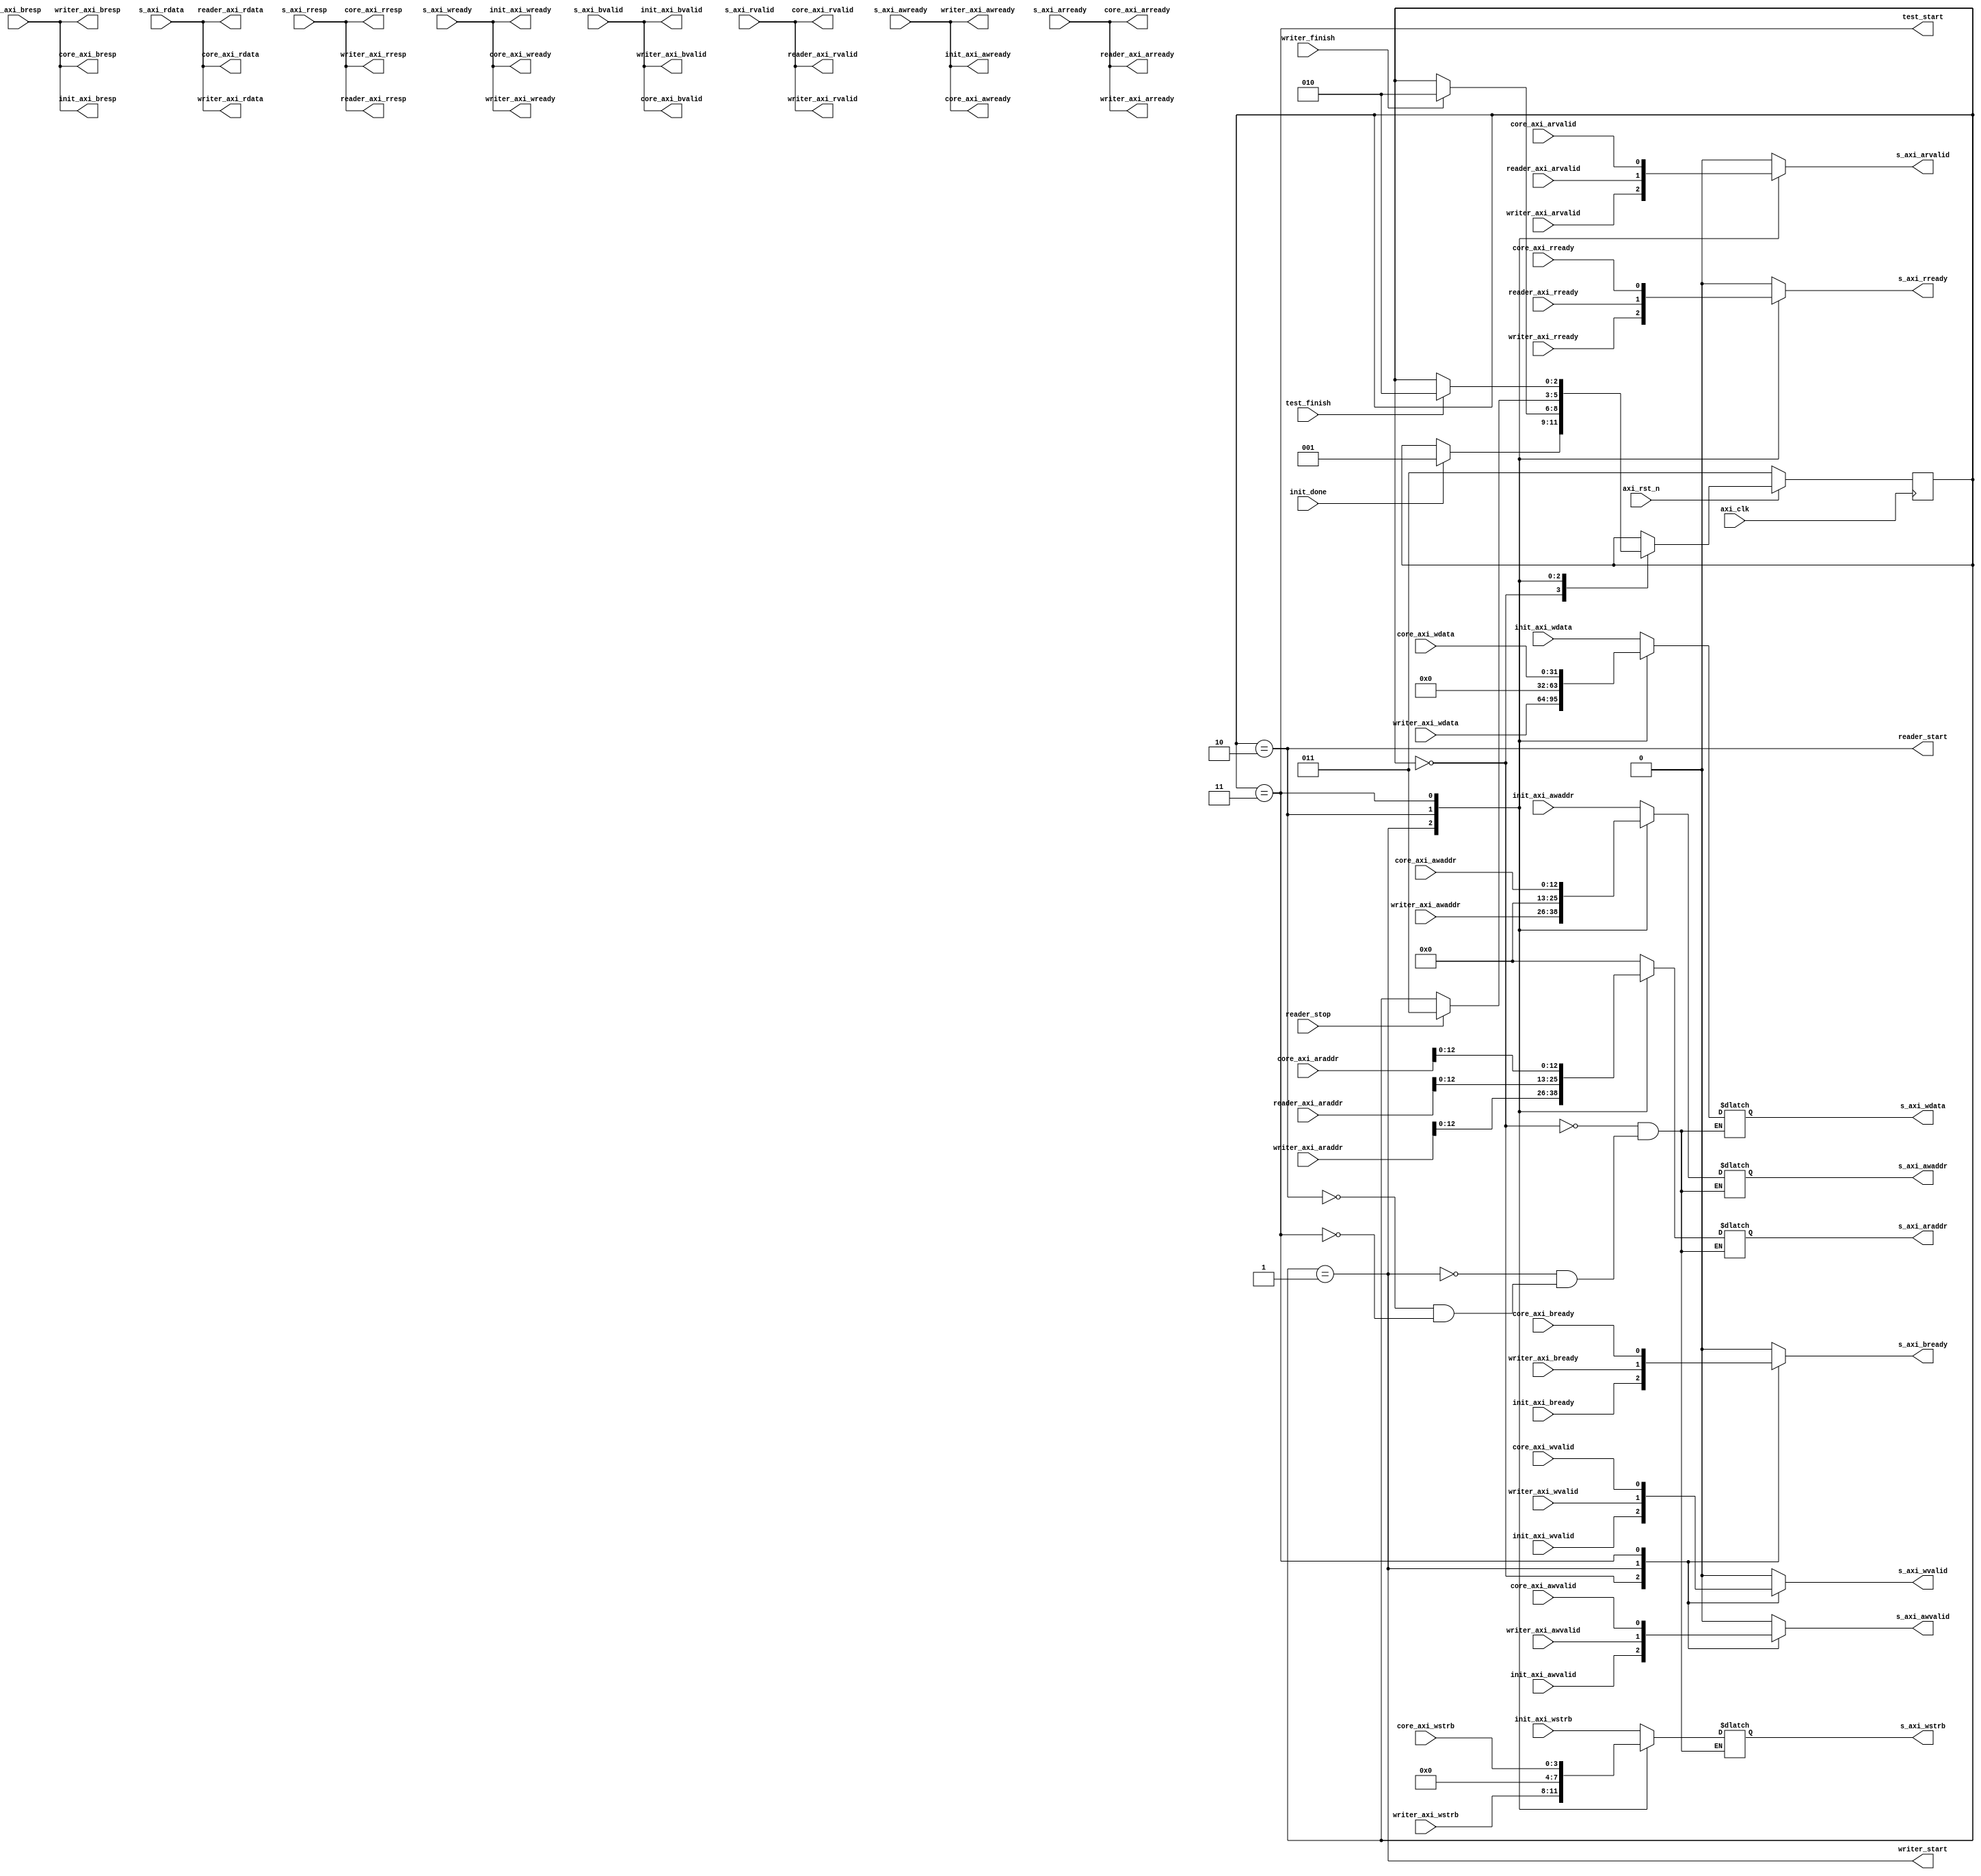
// ========== Copyright Header Begin ============================================
// Copyright (c) 2015 Princeton University
// All rights reserved.
// 
// Redistribution and use in source and binary forms, with or without
// modification, are permitted provided that the following conditions are met:
//     * Redistributions of source code must retain the above copyright
//       notice, this list of conditions and the following disclaimer.
//     * Redistributions in binary form must reproduce the above copyright
//       notice, this list of conditions and the following disclaimer in the
//       documentation and/or other materials provided with the distribution.
//     * Neither the name of Princeton University nor the
//       names of its contributors may be used to endorse or promote products
//       derived from this software without specific prior written permission.
// 
// THIS SOFTWARE IS PROVIDED BY PRINCETON UNIVERSITY "AS IS" AND
// ANY EXPRESS OR IMPLIED WARRANTIES, INCLUDING, BUT NOT LIMITED TO, THE IMPLIED
// WARRANTIES OF MERCHANTABILITY AND FITNESS FOR A PARTICULAR PURPOSE ARE
// DISCLAIMED. IN NO EVENT SHALL PRINCETON UNIVERSITY BE LIABLE FOR ANY
// DIRECT, INDIRECT, INCIDENTAL, SPECIAL, EXEMPLARY, OR CONSEQUENTIAL DAMAGES
// (INCLUDING, BUT NOT LIMITED TO, PROCUREMENT OF SUBSTITUTE GOODS OR SERVICES;
// LOSS OF USE, DATA, OR PROFITS; OR BUSINESS INTERRUPTION) HOWEVER CAUSED AND
// ON ANY THEORY OF LIABILITY, WHETHER IN CONTRACT, STRICT LIABILITY, OR TORT
// (INCLUDING NEGLIGENCE OR OTHERWISE) ARISING IN ANY WAY OUT OF THE USE OF THIS
// SOFTWARE, EVEN IF ADVISED OF THE POSSIBILITY OF SUCH DAMAGE.
// ========== Copyright Header End ============================================

//--------------------------------------------------
// Description:     Multiplexer for accessing UART. If UART_DMW is now enabled, UART is always connected
//                  to a core. Otherwise switches AXI interface between ATG, writer, reader, and core 
// Company:         Princeton University
//--------------------------------------------------

module uart_mux (
    input               axi_clk,
    input               axi_rst_n,

    input               init_done,
    
    output              writer_start,
    input               writer_finish,

    output              reader_start,
    input               reader_stop,

    output              test_start,
    input               test_finish,

    // init ATG <-> uart_mux
    input   [12:0]      init_axi_awaddr, 
    input               init_axi_awvalid,
    output              init_axi_awready,

    input   [31:0]      init_axi_wdata,  
    input   [3:0 ]      init_axi_wstrb,  
    input               init_axi_wvalid, 
    output              init_axi_wready, 

    output  [1:0]       init_axi_bresp,  
    output              init_axi_bvalid, 
    input               init_axi_bready, 

    // UART writer <-> MUX
    input   [12:0]      writer_axi_awaddr,
    input               writer_axi_awvalid,
    output              writer_axi_awready,
    input   [31:0]      writer_axi_wdata,
    input   [3:0]       writer_axi_wstrb,
    input               writer_axi_wvalid,
    output              writer_axi_wready,
    output  [1:0]       writer_axi_bresp,
    output              writer_axi_bvalid,
    input               writer_axi_bready,
    input   [31:0]      writer_axi_araddr,
    input               writer_axi_arvalid,
    output              writer_axi_arready,
    output  [31:0]      writer_axi_rdata,
    output  [1:0]       writer_axi_rresp,
    output              writer_axi_rvalid,
    input               writer_axi_rready,

    // Piton Core <-> MUX
    input   [12:0]      core_axi_awaddr,
    input               core_axi_awvalid,
    output              core_axi_awready,
    input   [31:0]      core_axi_wdata,
    input   [3:0]       core_axi_wstrb,
    input               core_axi_wvalid,
    output              core_axi_wready,
    output  [1:0]       core_axi_bresp,
    output              core_axi_bvalid,
    input               core_axi_bready,
    input   [31:0]      core_axi_araddr,
    input               core_axi_arvalid,
    output              core_axi_arready,
    output  [31:0]      core_axi_rdata,
    output  [1:0]       core_axi_rresp,
    output              core_axi_rvalid,
    input               core_axi_rready,

    // UART reader <-> MUX
    input   [31:0]      reader_axi_araddr,
    input               reader_axi_arvalid,
    output              reader_axi_arready,
    output  [31:0]      reader_axi_rdata,
    output  [1:0]       reader_axi_rresp,
    output              reader_axi_rvalid,
    input               reader_axi_rready,

    // MUX <-> UART
    output  reg [12:0]  s_axi_awaddr,
    output  reg         s_axi_awvalid,
    input               s_axi_awready,

    output  reg [31:0]  s_axi_wdata,
    output  reg [3:0 ]  s_axi_wstrb,
    output  reg         s_axi_wvalid,
    input               s_axi_wready,

    input       [1:0]   s_axi_bresp,
    input               s_axi_bvalid,
    output  reg         s_axi_bready,

    output  reg [12:0]  s_axi_araddr,
    output  reg         s_axi_arvalid,
    input               s_axi_arready,

    input       [31:0]  s_axi_rdata,
    input       [1:0]   s_axi_rresp,
    input               s_axi_rvalid,
    output  reg         s_axi_rready
);

localparam INIT_SEL     = 0;
localparam WRITER_SEL   = 1;
localparam READER_SEL   = 2;
localparam TEST_SEL     = 3;

`ifdef PITON_FPGA_UART_DMW
    localparam RESET_STATE_SEL  = INIT_SEL;
`else
    localparam RESET_STATE_SEL  = TEST_SEL;
`endif


 reg  [2:0]       mux_sel;

always @(posedge axi_clk) begin
    if (~axi_rst_n)
        mux_sel <= RESET_STATE_SEL;
    else begin
        case (mux_sel)
        INIT_SEL: begin
            if (init_done)
                mux_sel <= WRITER_SEL;
        end
        WRITER_SEL: begin
            if (writer_finish)
                mux_sel <= READER_SEL;
        end
        READER_SEL: begin
            if (reader_stop)
                mux_sel <= TEST_SEL;
        end
        TEST_SEL: begin
            if (test_finish)
                mux_sel <= READER_SEL;
        end
        default: begin
            mux_sel <= mux_sel;
        end
        endcase
    end
end

assign writer_start = mux_sel == WRITER_SEL;
assign reader_start = mux_sel == READER_SEL;
assign test_start   = mux_sel == TEST_SEL;

// UART -> init ATG
assign  init_axi_awready    = s_axi_awready;
assign  init_axi_wready     = s_axi_wready;
assign  init_axi_bresp      = s_axi_bresp;
assign  init_axi_bvalid     = s_axi_bvalid;

assign  writer_axi_awready  = s_axi_awready;
assign  writer_axi_wready   = s_axi_wready;
assign  writer_axi_bresp    = s_axi_bresp;
assign  writer_axi_bvalid   = s_axi_bvalid;
assign  writer_axi_arready  = s_axi_arready;
assign  writer_axi_rdata    = s_axi_rdata;
assign  writer_axi_rresp    = s_axi_rresp;
assign  writer_axi_rvalid   = s_axi_rvalid;

assign  core_axi_awready    = s_axi_awready;
assign  core_axi_wready     = s_axi_wready;
assign  core_axi_bresp      = s_axi_bresp;
assign  core_axi_bvalid     = s_axi_bvalid;
assign  core_axi_arready    = s_axi_arready;
assign  core_axi_rdata      = s_axi_rdata;
assign  core_axi_rresp      = s_axi_rresp;
assign  core_axi_rvalid     = s_axi_rvalid;

assign  reader_axi_arready  = s_axi_arready;
assign  reader_axi_rdata    = s_axi_rdata;
assign  reader_axi_rresp    = s_axi_rresp;
assign  reader_axi_rvalid   = s_axi_rvalid;

always @(*) begin
    case(mux_sel)
        INIT_SEL: begin
            s_axi_awaddr    = init_axi_awaddr;
            s_axi_awvalid   = init_axi_awvalid;
            s_axi_wdata     = init_axi_wdata;
            s_axi_wstrb     = init_axi_wstrb;
            s_axi_wvalid    = init_axi_wvalid;
            s_axi_bready    = init_axi_bready;
            s_axi_araddr    = 13'b0;
            s_axi_arvalid   = 1'b0;
            s_axi_rready    = 1'b0;
        end
        WRITER_SEL: begin
            s_axi_awaddr    = writer_axi_awaddr;
            s_axi_awvalid   = writer_axi_awvalid;
            s_axi_wdata     = writer_axi_wdata;
            s_axi_wstrb     = writer_axi_wstrb;
            s_axi_wvalid    = writer_axi_wvalid;
            s_axi_bready    = writer_axi_bready;
            s_axi_araddr    = writer_axi_araddr;
            s_axi_arvalid   = writer_axi_arvalid;
            s_axi_rready    = writer_axi_rready;
        end
        READER_SEL: begin
            s_axi_awaddr    = 13'b0;
            s_axi_awvalid   = 1'b0;
            s_axi_wdata     = 32'b0;
            s_axi_wstrb     = 4'b0;
            s_axi_wvalid    = 1'b0;
            s_axi_bready    = 1'b0;
            s_axi_araddr    = reader_axi_araddr;
            s_axi_arvalid   = reader_axi_arvalid;
            s_axi_rready    = reader_axi_rready;
        end
        TEST_SEL: begin
            s_axi_awaddr    = core_axi_awaddr;
            s_axi_awvalid   = core_axi_awvalid;
            s_axi_wdata     = core_axi_wdata;
            s_axi_wstrb     = core_axi_wstrb;
            s_axi_wvalid    = core_axi_wvalid;
            s_axi_bready    = core_axi_bready;
            s_axi_araddr    = core_axi_araddr;
            s_axi_arvalid   = core_axi_arvalid;
            s_axi_rready    = core_axi_rready;
        end
        default: begin
            s_axi_awvalid   = 1'b0;
            s_axi_wvalid    = 1'b0;
            s_axi_bready    = 1'b0;
            s_axi_arvalid   = 1'b0;
            s_axi_rready    = 1'b0;
        end
    endcase
end




endmodule